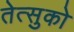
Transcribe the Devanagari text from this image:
तेत्सुको